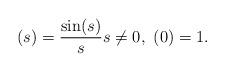
LaTeX: \begin{align*} (s) = \frac{\sin(s)}{s} s\neq 0, \ (0)=1.\end{align*}